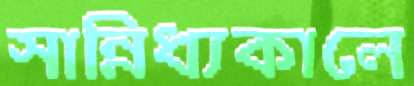
সান্নিধ্যকালে